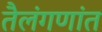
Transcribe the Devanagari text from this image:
तैलंगणांत